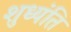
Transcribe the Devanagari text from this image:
शुध्यंति